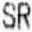
SR